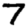
Digit: 7